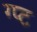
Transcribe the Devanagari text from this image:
ग्प्ट